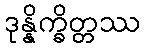
ဒုန္နိက္ခိတ္တဿ